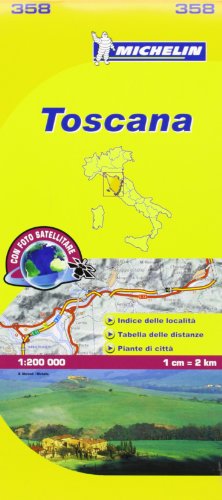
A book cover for Michelin Map Italy: Toscana 358 (Maps/Local (Michelin)) (Italian Edition); Michelin; Travel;